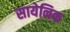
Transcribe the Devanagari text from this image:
सायेनिक